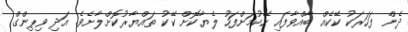
ދެން ފަހަރަކު ކޭކެއް ބާއްވާފައި ހޭކުމަށްފަހު ލެޔާކޮށް ކޭކު ތައްޔާރުކޮށްލާށެވެ. އަދި ވިޕިންގް